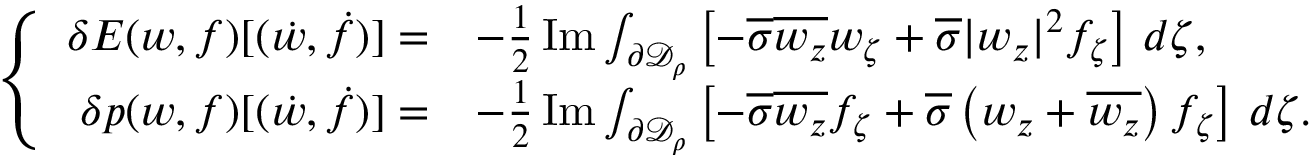
\begin{array} { r } { \left\{ \begin{array} { r l } { \delta E ( w , f ) [ ( \dot { w } , \dot { f } ) ] = } & { - \frac 1 2 \operatorname { I m } \int _ { \partial \mathcal { D } _ { \rho } } \left[ - \overline { \sigma } \overline { { w _ { z } } } w _ { \zeta } + \overline { \sigma } | w _ { z } | ^ { 2 } f _ { \zeta } \right] \, d \zeta , } \\ { \delta p ( w , f ) [ ( \dot { w } , \dot { f } ) ] = } & { - \frac 1 2 \operatorname { I m } \int _ { \partial \mathcal { D } _ { \rho } } \left[ - \overline { \sigma } \overline { { w _ { z } } } f _ { \zeta } + \overline { \sigma } \left( w _ { z } + \overline { { w _ { z } } } \right) f _ { \zeta } \right] \, d \zeta . } \end{array} \right. } \end{array}